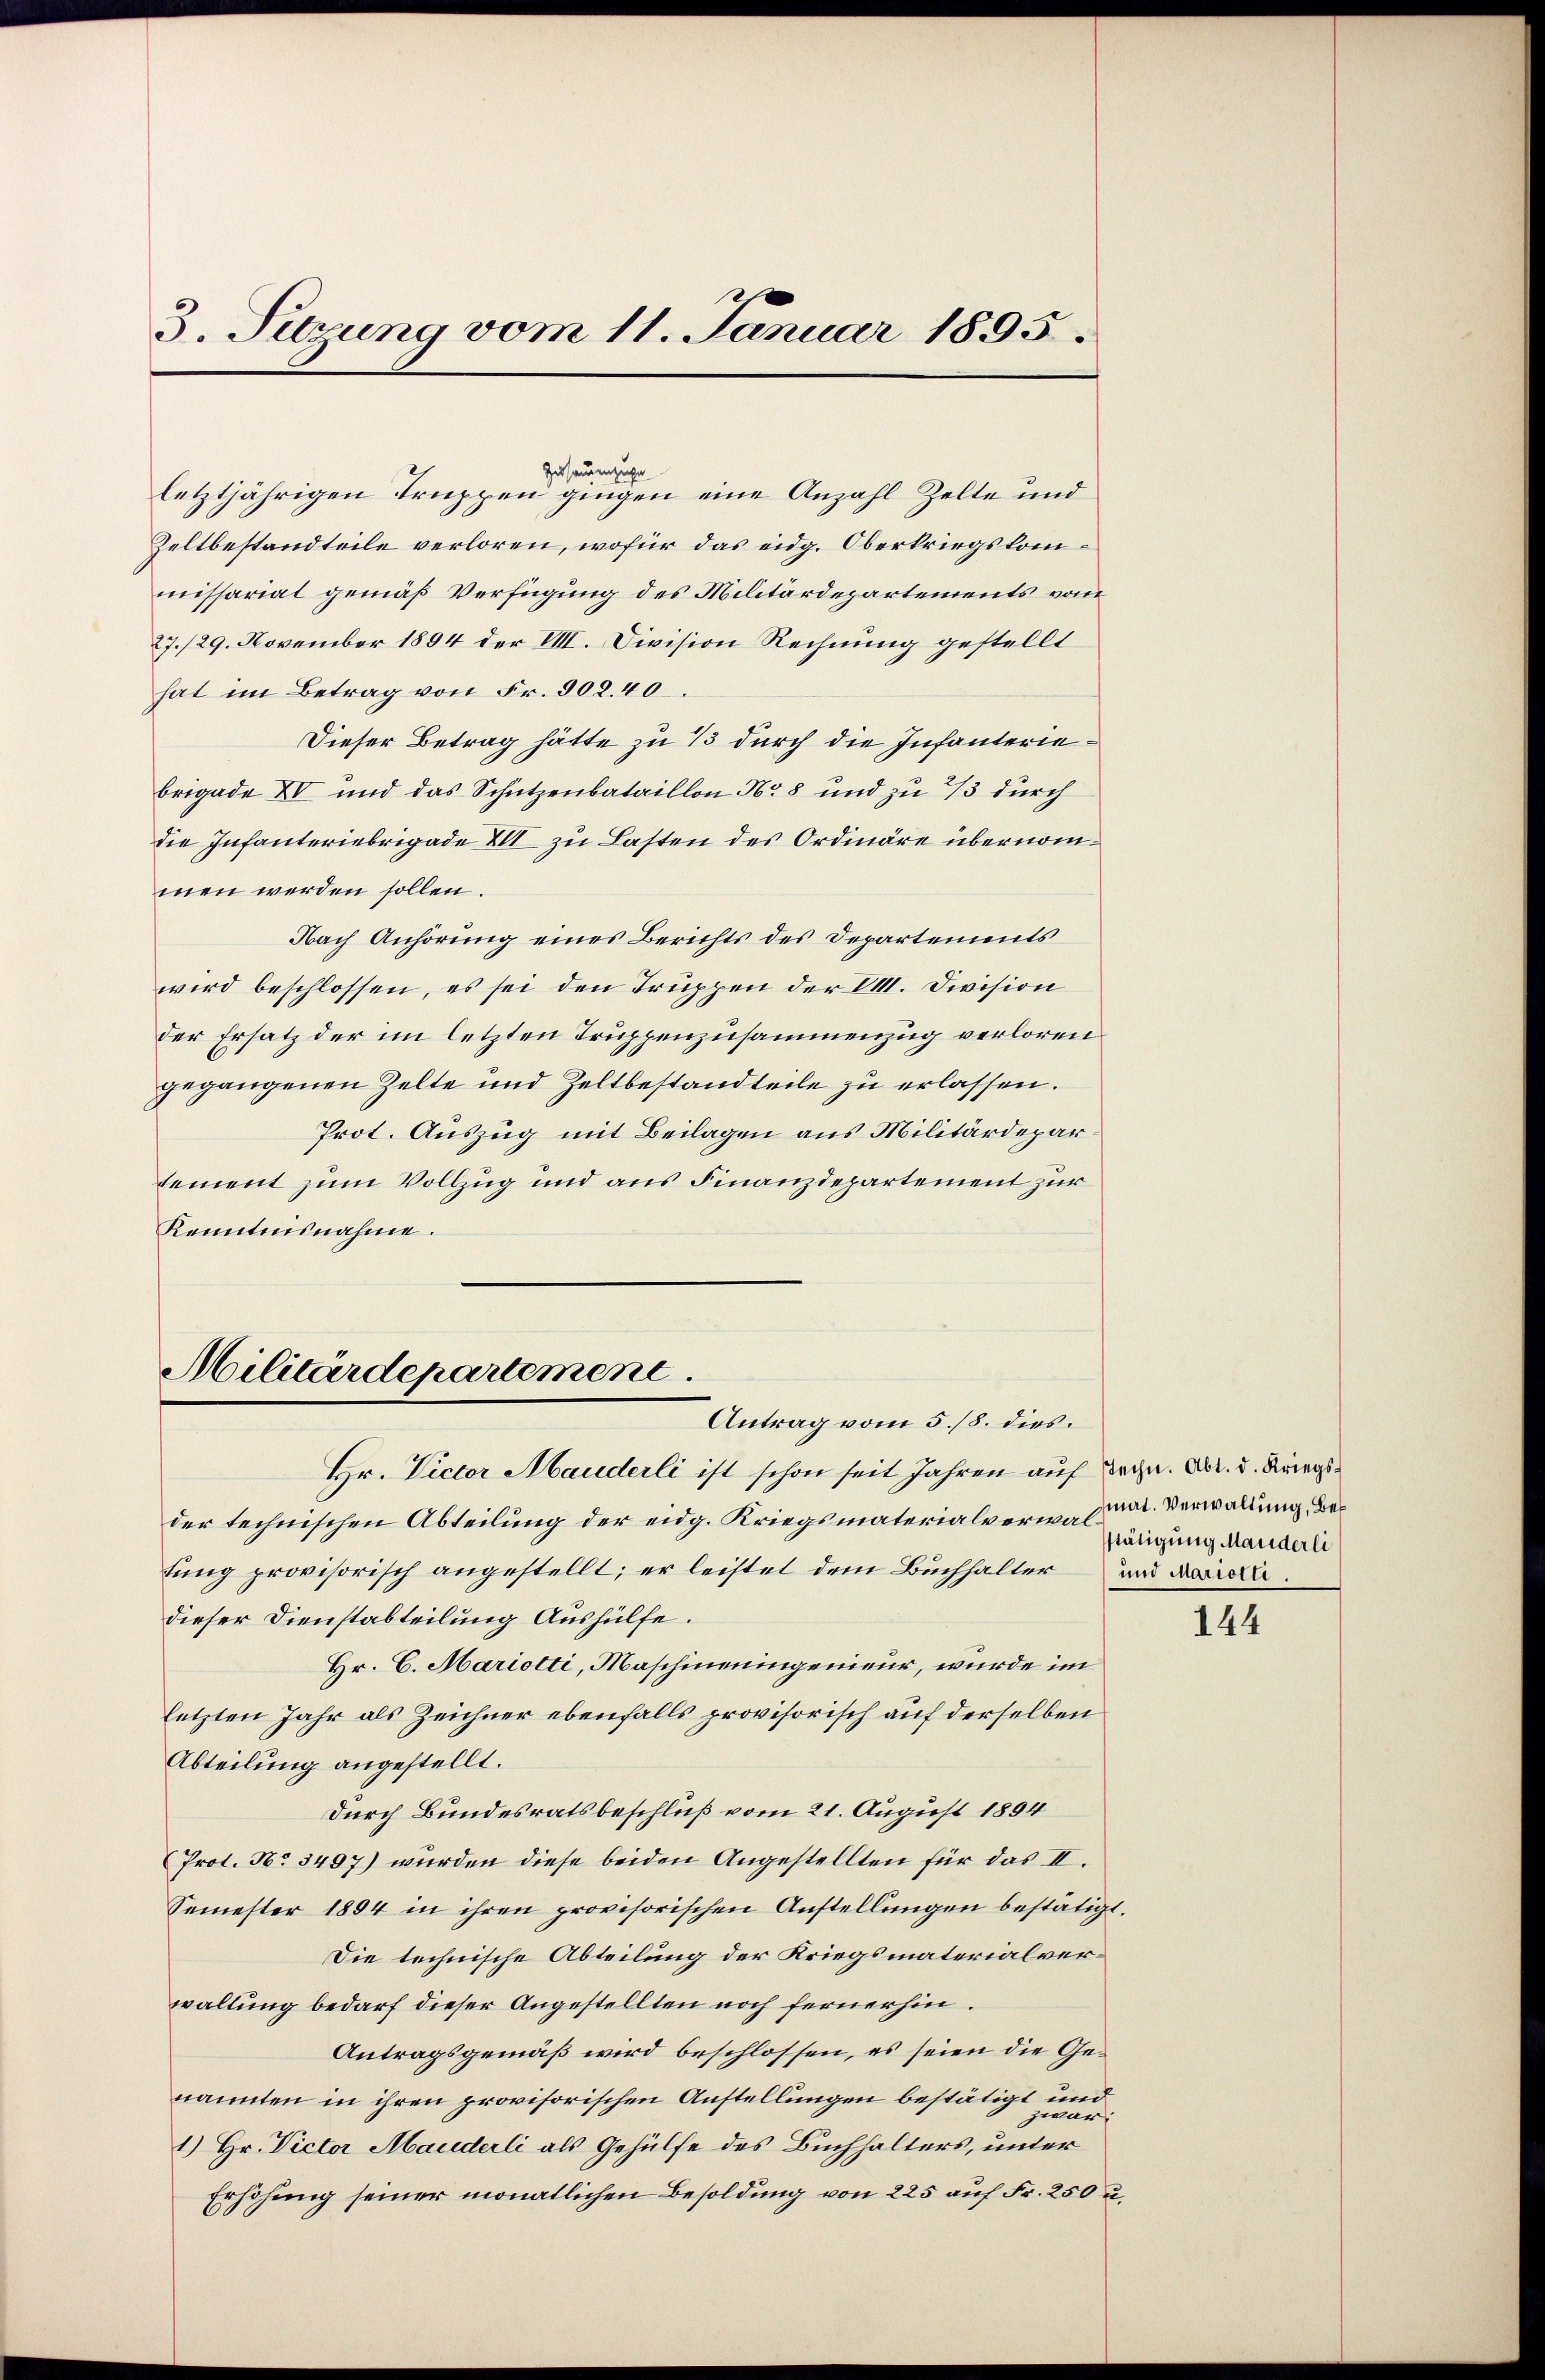
3. Setzung vom 11. Januar 1895.

Zusammenzuge
letztjährigen Truppen gingen eine Anzahl Zelte und
Zeltbestandteile verloren, wofür das eidg. Oberkriegskommissariat gemäß Verfügung des Militärdepartements vom
27./29. November 1894 der VIII. Division Rechnung gestellt
hat im Betrag von Fr. 502.40
brigade XV und das Schutzenbataillon No 8 und zu 1/3 durch
die Infanteriebrigade XII zu Lasten des Ordiäre übernommen werden sollen.
Nach Anhörung eines Berichts des Departements
wird beschlossen, es sei den Truppen der VIII. Division
der Ersatz der im letzten Truppenzusammenzug verloren
gegangenen Zelte und Zeltbestandteile zu erlassen.
tement zum Vollzug und aus Finanzdepartement zur
Kenntnisnahme.

Militärdepartement
Antrag vom 5./8. dies.

Dieser Betrag hätte zu 1/3 durch die Infanterie¬
Prot. Auszug mit Beilagen aus Militärdepar¬

Hr. Victor Mauderli ist schon seit Jahren auf Degn. Dr. d. Kriegsder technischen Abteilung der eidg. Kriegsmaterialverwaltung provisorisch angestellt; er leistet dem Buchhalter und darandieser Dienstabteilung Aushülfe.
Hr. C. Mariotti, Maschineingenieur, wurde im
letzten Jahr als Zeichner ebenfalls provisorisch auf derselben
Abteilung angestellt.
durch Bundesratsbeschluß vom 21. August 1894
Prot. No 3497) wurden diese beiden Angestellten für das II.
Semester 1894 in ihren provisorischen Anstellungen bestätigt.
Die technische Abteilung der Kriegsmaterialverwaltung bedarf dieser Angestellten noch fernerhin.
Antragsgemäß wird beschlossen, es seien die Genannten in ihren provisorischen Anstellungen bestätigt und
zwar:
1.) Hr. Victor Mauderli als Gehülfe des Buchhalters, unter
Erhöhung seiner monatlichen Besoldung von 225 auf Fr. 250 u.

mat. Verwaltung, Bestätigung Manderli

144